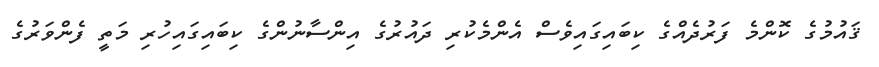
ޤައުމުގެ ކޮންމެ ފަރުދެއްގެ ކިބައިގައިވެސް އެންމެކުރި ދައުރުގެ އިންސާނުންގެ ކިބައިގައިހުރި މަތީ ފެންވަރުގެ